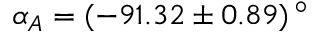
\alpha _ { A } = ( - 9 1 . 3 2 \pm 0 . 8 9 ) \, ^ { \circ }